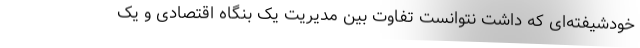
خودشیفته‌ای که داشت نتوانست تفاوت بین مدیریت یک بنگاه اقتصادی و یک